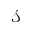
\mathcal { S }